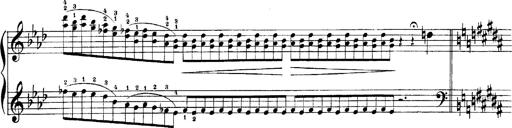
Title: LiebestrÃ¤ume
Composer: Franz Behr
Key: E-flat major